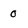
Character: 0